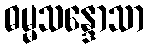
ဓမ္မသန္ဒောသာ